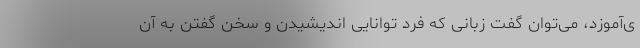
ی‌آموزد، می‌توان گفت زبانی که فرد توانایی اندیشیدن و سخن گفتن به آن